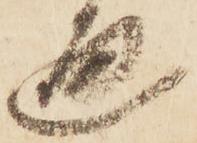
通